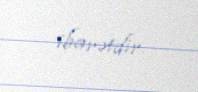
ibarətdir.